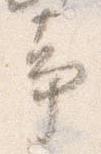
事